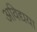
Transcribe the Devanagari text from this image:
अविद्यया